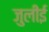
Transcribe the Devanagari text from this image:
जुलीई